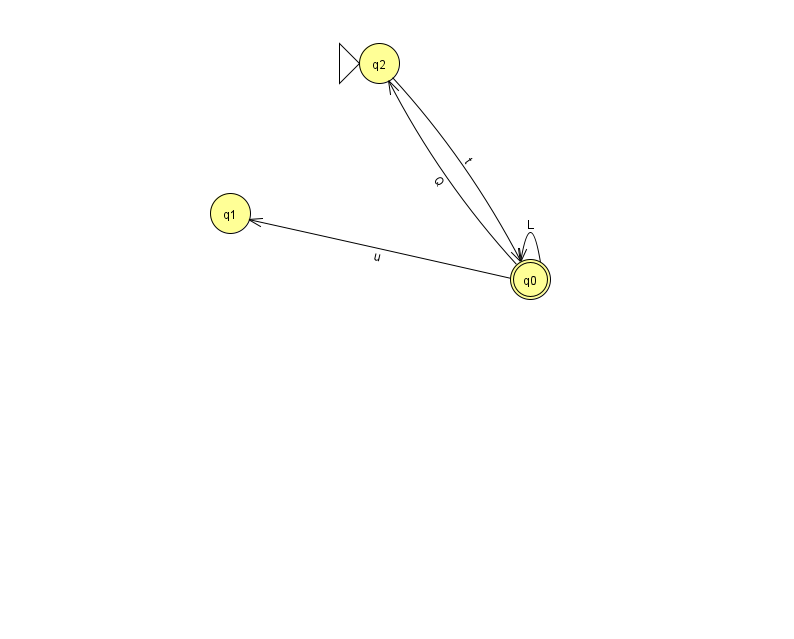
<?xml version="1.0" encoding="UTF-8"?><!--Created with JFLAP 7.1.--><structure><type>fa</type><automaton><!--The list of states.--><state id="0" name="q0"><x>530.0</x><y>266.0</y><final/></state><state id="1" name="q1"><x>230.0</x><y>200.0</y></state><state id="2" name="q2"><x>379.0</x><y>50.0</y><initial/></state><!--The list of transitions.--><transition><from>0</from><to>2</to><read>Q</read></transition><transition><from>0</from><to>1</to><read>u</read></transition><transition><from>0</from><to>0</to><read>L</read></transition><transition><from>2</from><to>0</to><read>t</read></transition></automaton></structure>